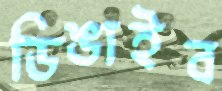
ডিঙাইব